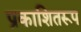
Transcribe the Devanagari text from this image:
प्रकाशितरूप